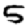
Digit: 5